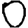
Digit: 0